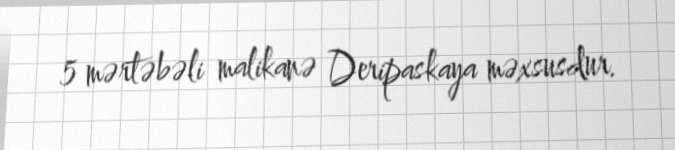
5 mərtəbəli malikanə Deripaskaya məxsusdur.